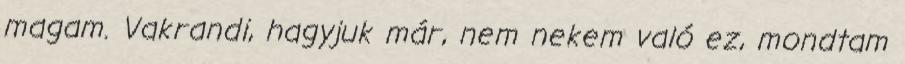
magam. Vakrandi, hagyjuk már, nem nekem való ez, mondtam